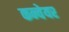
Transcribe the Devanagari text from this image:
कन्‍वेयर